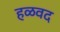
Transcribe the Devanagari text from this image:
हळवद